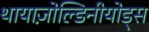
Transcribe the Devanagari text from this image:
थायाज़ोल्डिनीयोड्स